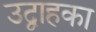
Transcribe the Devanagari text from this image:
उद्वाहका